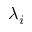
\lambda _ { i }